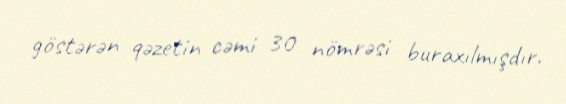
göstərən qəzetin cəmi 30 nömrəsi buraxılmışdır.